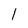
Character: 1